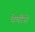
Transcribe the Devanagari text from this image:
बेचौसे